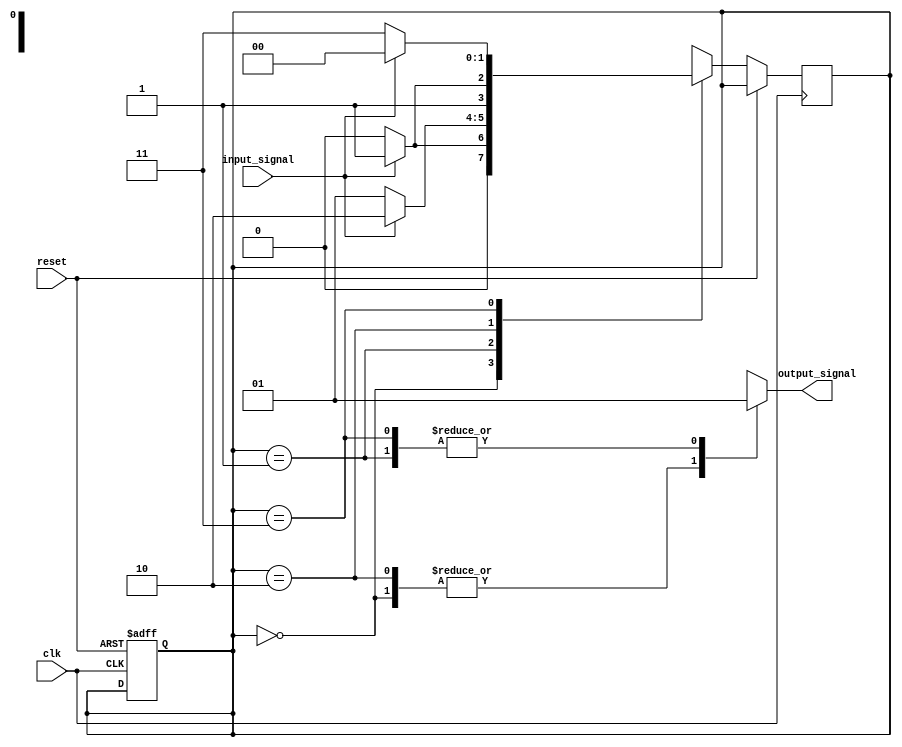
module fsm (
    input wire clk,
    input wire reset,
    input wire input_signal,
    output reg output_signal
);

// Defining states
parameter STATE_A = 2'b00;
parameter STATE_B = 2'b01;
parameter STATE_C = 2'b10;
parameter STATE_D = 2'b11;

// State register
reg [1:0] state_reg, next_state;

// State transition logic
always @ (posedge clk or posedge reset) begin
    if (reset) begin
        state_reg <= STATE_A; // Initializing state machine to STATE_A
    end else begin
        // State transitions based on input
        case (state_reg)
            STATE_A: begin
                if (input_signal) begin
                    next_state <= STATE_B;
                end else begin
                    next_state <= STATE_A;
                end
            end
            STATE_B: begin
                if (input_signal) begin
                    next_state <= STATE_C;
                end else begin
                    next_state <= STATE_B;
                end
            end
            STATE_C: begin
                if (input_signal) begin
                    next_state <= STATE_D;
                end else begin
                    next_state <= STATE_C;
                end
            end
            STATE_D: begin
                if (input_signal) begin
                    next_state <= STATE_A;
                end else begin
                    next_state <= STATE_D;
                end
            end
            default: next_state <= STATE_A;
        endcase
    end
end

// Update current state
always @* begin
    state_reg <= next_state;
end

// Output signal based on current state
always @* begin
    case (state_reg)
        STATE_A: output_signal = 1'b0;
        STATE_B: output_signal = 1'b1;
        STATE_C: output_signal = 1'b0;
        STATE_D: output_signal = 1'b1;
        default: output_signal = 1'b0;
    endcase
end

endmodule